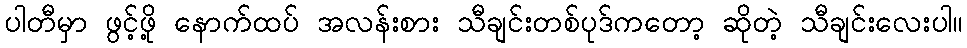
ပါတီမှာ ဖွင့်ဖို့ နောက်ထပ် အလန်းစား သီချင်းတစ်ပုဒ်ကတော့ ဆိုတဲ့ သီချင်းလေးပါ။